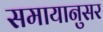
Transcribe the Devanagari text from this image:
समायानुसर